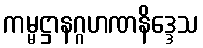
ကမ္မဋ္ဌာနဂ္ဂဟဏနိဒ္ဒေသ